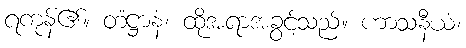
ရကုန်၏။ တံဋ္ဌာနံ၊ ထိုအရာအခွင့်သည်။ ဟာသနီယံ၊